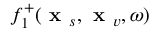
f _ { 1 } ^ { + } ( \textbf { x } _ { s } , \textbf { x } _ { v } , \omega )